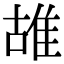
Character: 䧸